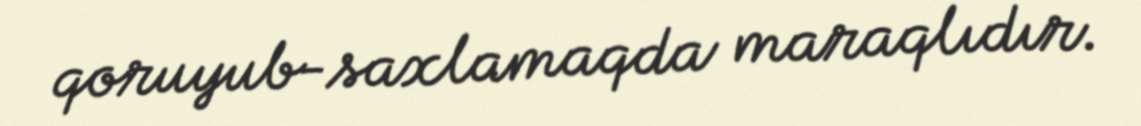
qoruyub-saxlamaqda maraqlıdır.